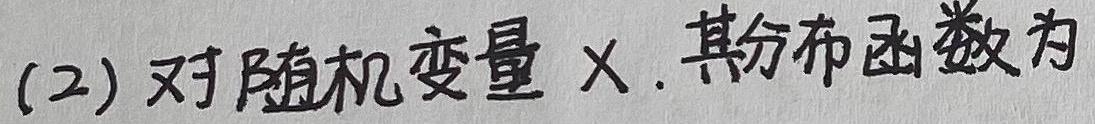
(2) 对随机变量$X$, 其分布函数为